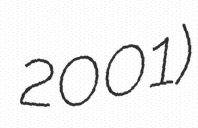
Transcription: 2001)